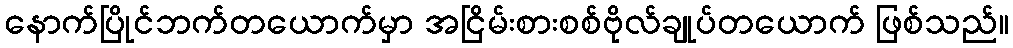
နောက်ပြိုင်ဘက်တယောက်မှာ အငြိမ်းစားစစ်ဗိုလ်ချုပ်တယောက် ဖြစ်သည်။